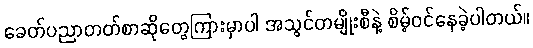
ခေတ်ပညာတတ်စာဆိုတွေကြားမှာပါ အသွင်တမျိုးစီနဲ့ စိမ့်ဝင်နေခဲ့ပါတယ်။